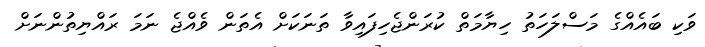
ވަކި ބައެއްގެ މަސްލަހަތު ހިޔާމަތް ކުރަންޖެހިފައިވާ ތަނަކަށް އެތަން ވެއްޖެ ނަމަ ރައްޔިތުންނަށް